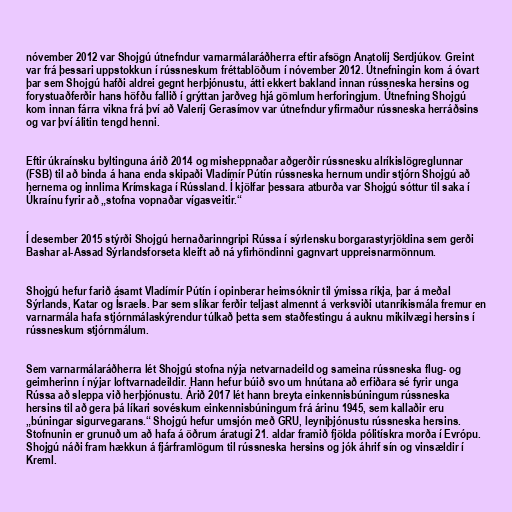
nóvember 2012 var Shojgú útnefndur varnarmálaráðherra eftir afsögn Anatolíj Serdjúkov. Greint
var frá þessari uppstokkun í rússneskum fréttablöðum í nóvember 2012. Útnefningin kom á óvart
þar sem Shojgú hafði aldrei gegnt herþjónustu, átti ekkert bakland innan rússneska hersins og
forystuaðferðir hans höfðu fallið í grýttan jarðveg hjá gömlum herforingjum. Útnefning Shojgú
kom innan fárra vikna frá því að Valeríj Gerasímov var útnefndur yfirmaður rússneska herráðsins
og var því álitin tengd henni.

Eftir úkraínsku byltinguna árið 2014 og misheppnaðar aðgerðir rússnesku alríkislögreglunnar
(FSB) til að binda á hana enda skipaði Vladímír Pútín rússneska hernum undir stjórn Shojgú að
hernema og innlima Krímskaga í Rússland. Í kjölfar þessara atburða var Shojgú sóttur til saka í
Úkraínu fyrir að „stofna vopnaðar vígasveitir.“

Í desember 2015 stýrði Shojgú hernaðarinngripi Rússa í sýrlensku borgarastyrjöldina sem gerði
Bashar al-Assad Sýrlandsforseta kleift að ná yfirhöndinni gagnvart uppreisnarmönnum.

Shojgú hefur farið ásamt Vladímír Pútín í opinberar heimsóknir til ýmissa ríkja, þar á meðal
Sýrlands, Katar og Ísraels. Þar sem slíkar ferðir teljast almennt á verksviði utanríkismála fremur en
varnarmála hafa stjórnmálaskýrendur túlkað þetta sem staðfestingu á auknu mikilvægi hersins í
rússneskum stjórnmálum.

Sem varnarmálaráðherra lét Shojgú stofna nýja netvarnadeild og sameina rússneska flug- og
geimherinn í nýjar loftvarnadeildir. Hann hefur búið svo um hnútana að erfiðara sé fyrir unga
Rússa að sleppa við herþjónustu. Árið 2017 lét hann breyta einkennisbúningum rússneska
hersins til að gera þá líkari sovéskum einkennisbúningum frá árinu 1945, sem kallaðir eru
„búningar sigurvegarans.“ Shojgú hefur umsjón með GRU, leyniþjónustu rússneska hersins.
Stofnunin er grunuð um að hafa á öðrum áratugi 21. aldar framið fjölda pólitískra morða í Evrópu.
Shojgú náði fram hækkun á fjárframlögum til rússneska hersins og jók áhrif sín og vinsældir í
Kreml.